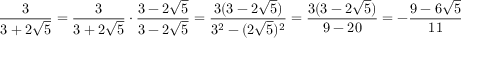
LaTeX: { \frac { 3 } { 3 + 2 { \sqrt { 5 } } } } = { \frac { 3 } { 3 + 2 { \sqrt { 5 } } } } \cdot { \frac { 3 - 2 { \sqrt { 5 } } } { 3 - 2 { \sqrt { 5 } } } } = { \frac { 3 ( 3 - 2 { \sqrt { 5 } } ) } { { 3 } ^ { 2 } - ( 2 { \sqrt { 5 } } ) ^ { 2 } } } = { \frac { 3 ( 3 - 2 { \sqrt { 5 } } ) } { 9 - 2 0 } } = - { \frac { 9 - 6 { \sqrt { 5 } } } { 1 1 } }